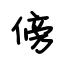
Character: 傍